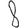
Digit: 8